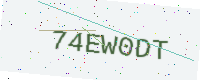
Text: 74EW0DT